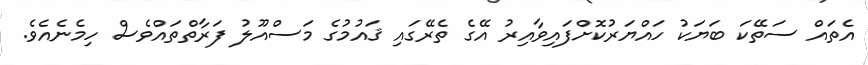
އެތައް ސަތޭކަ ބަޔަކު ހައްޔަރުކޮށްފައިވާއިރު އޭގެ ތެރޭގައި ޤައުމުގެ މަސްއޫލު ފަރާތްތައްވެސް ހިމެނެއެވެ.